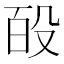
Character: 𭮩